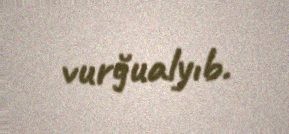
vurğualyıb.